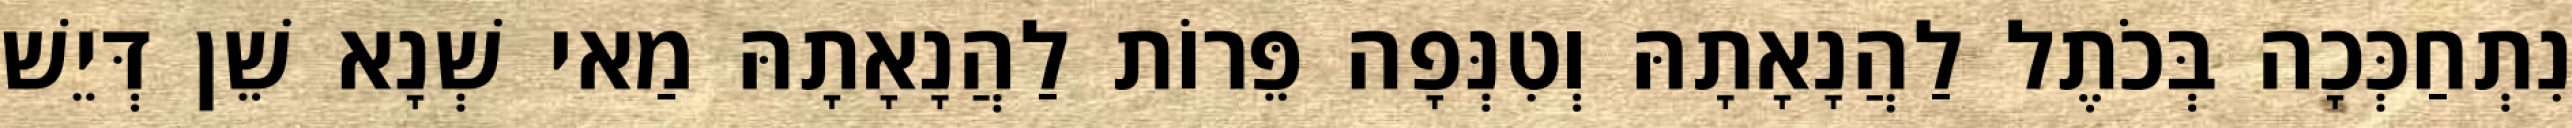
נִתְחַכְּכָה בְּכֹתֶל לַהֲנָאָתָהּ וְטִנְּפָה פֵּרוֹת לַהֲנָאָתָהּ מַאי שְׁנָא שֵׁן דְּיֵשׁ